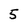
Character: 5